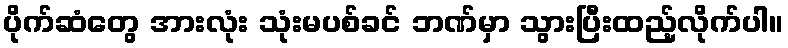
ပိုက်ဆံတွေ အားလုံး သုံးမပစ်ခင် ဘဏ်မှာ သွားပြီးထည့်လိုက်ပါ။